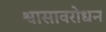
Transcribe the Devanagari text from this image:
श्वासावरोधन